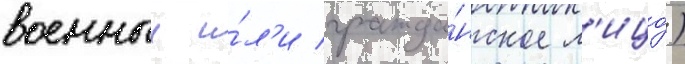
военныи и́л'и гражда́нское л'ицо́)